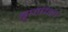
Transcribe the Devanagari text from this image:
बृजांचल